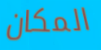
المكان